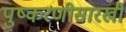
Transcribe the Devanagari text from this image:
पुष्करणीसारखी